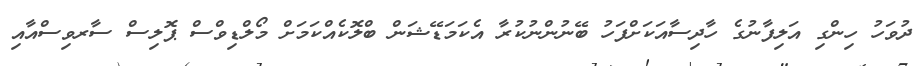
ދުވަހު ހިންގި އަލިފާނުގެ ހާދިސާއަކަށްފަހު ބޭނުންނުކުރާ އެކަމަޑޭޝަން ބްލޮކެއްކަމަށް މޯލްޑިވްސް ޕޮލިސް ސާރވިސްއާއި